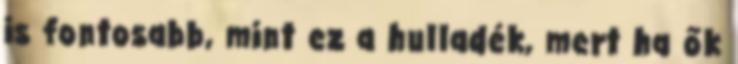
is fontosabb, mint ez a hulladék, mert ha ők